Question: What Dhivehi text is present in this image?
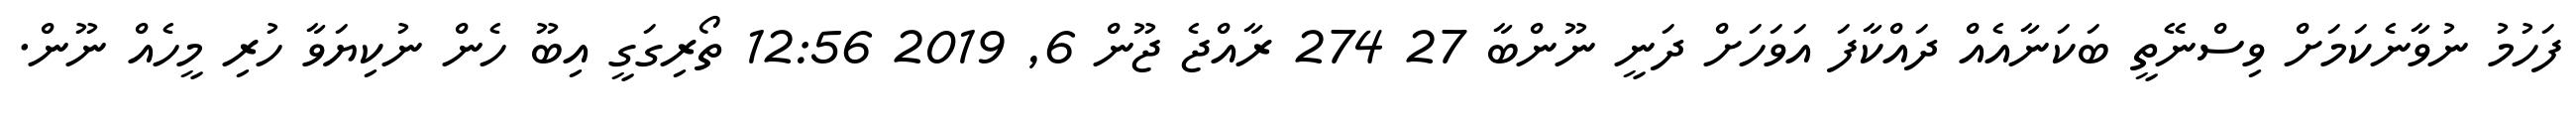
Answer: ފަހުމު ނުވާނެކަމަށް ވިސްނޭތީ ބަކަނާއެއް ދައްކާފަ އަވަހަށް ދަނީ ނޫންބާ 27 274 ރާއްޖެ ޖޫން 6, 2019 12:56 ތޯރިގަގީ އިބޫ ހެން ނުކިޔަވާ ހުރި މީހެއް ނޫން.